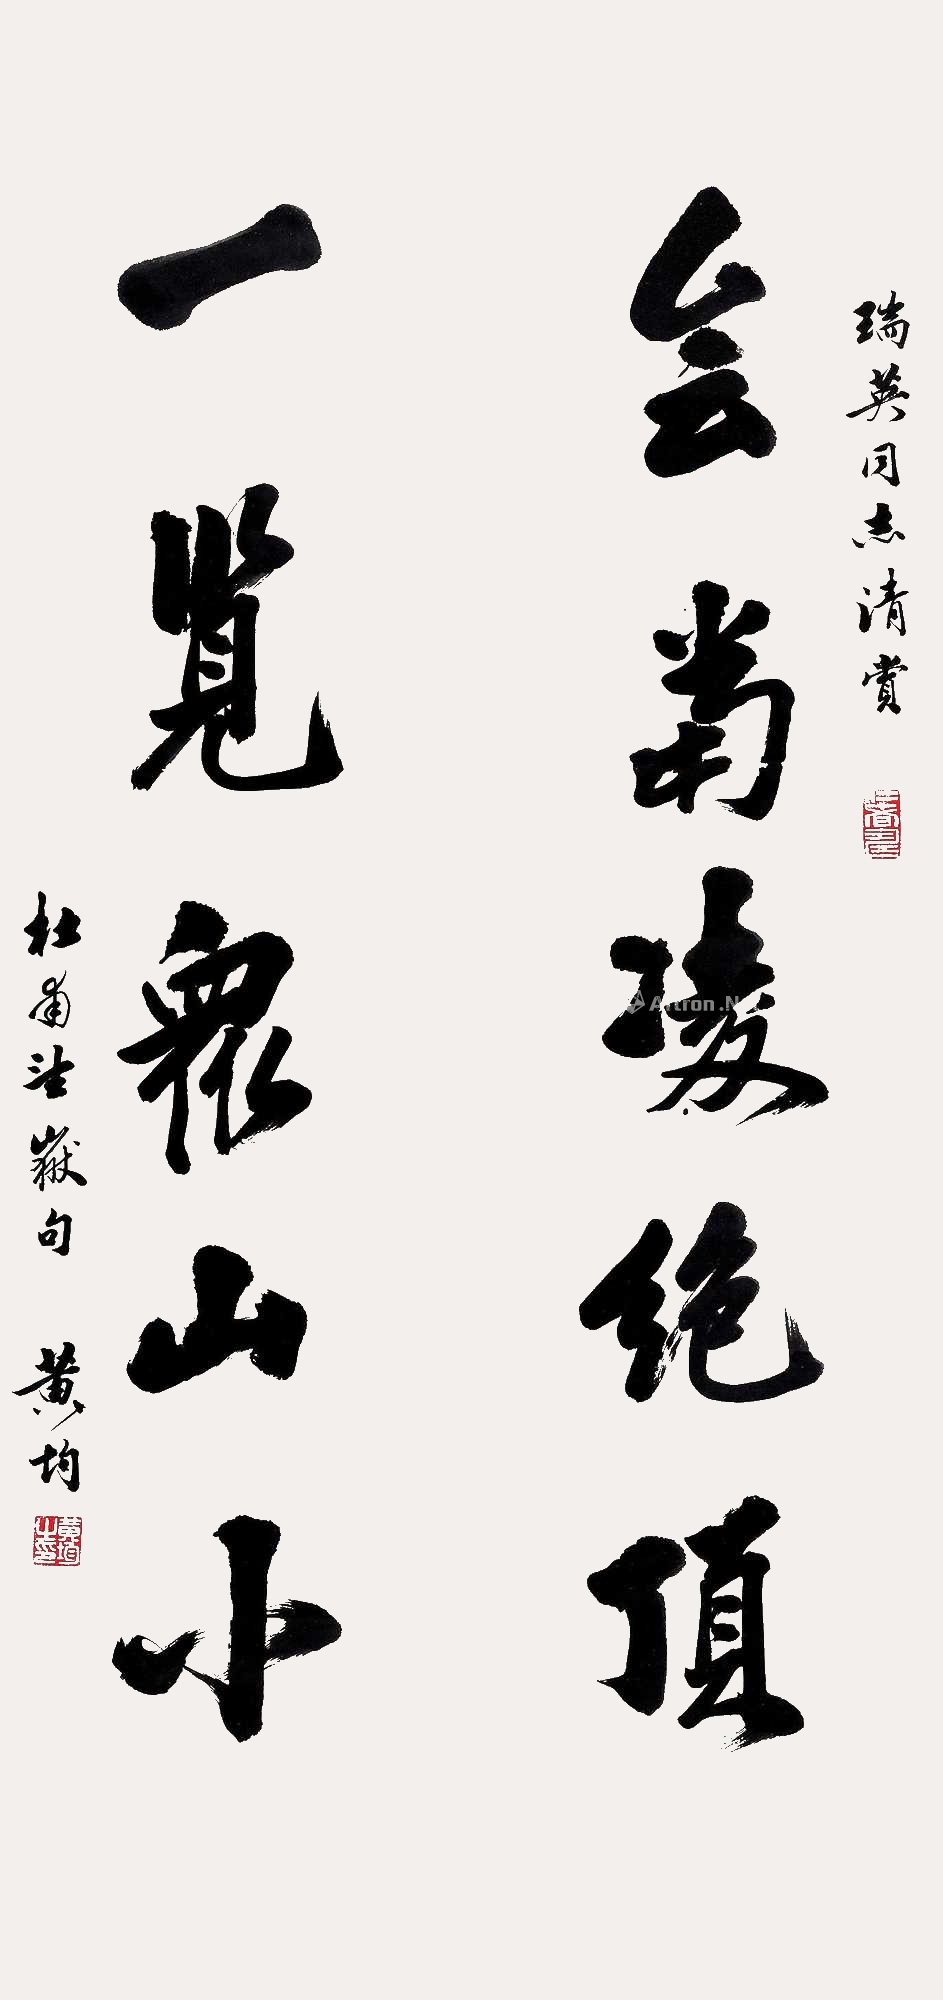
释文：会当凌绝顶，一览众山小。瑞英同志清赏，杜甫望岳句，黄均。